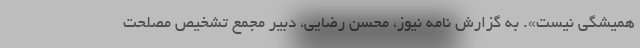
همیشگی نیست». به گزارش نامه نیوز، محسن رضایی، دبیر مجمع تشخیص مصلحت